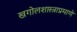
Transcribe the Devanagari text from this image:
खगोलशास्त्राप्रमाणे